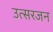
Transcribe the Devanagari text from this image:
उत्सरजन